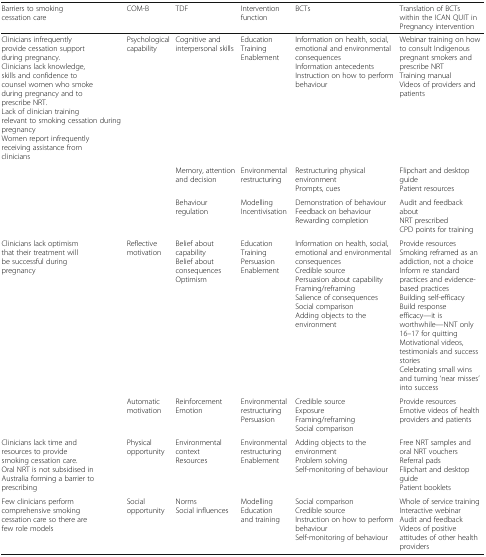
<table><thead><tr><td><b>Barriers to smoking cessation care</b></td><td><b>COM-B</b></td><td><b>TDF</b></td><td><b>Intervention function</b></td><td><b>BCTs</b></td><td><b>Translation of BCTs within the ICAN QUIT in Pregnancy intervention</b></td></tr></thead><tbody><tr><td>Clinicians infrequently provide cessation support during pregnancy.Clinicians lack knowledge, skills and confidence to counsel women who smoke during pregnancy and to prescribe NRT.Lack of clinician training relevant to smoking cessation during pregnancyWomen report infrequently receiving assistance from clinicians</td><td>Psychological capability</td><td>Cognitive and interpersonal skills</td><td>EducationTrainingEnablement</td><td>Information on health, social, emotional and environmental consequencesInformation antecedentsInstruction on how to perform behaviour</td><td>Webinar training on how to consult Indigenous pregnant smokers and prescribe NRTTraining manualVideos of providers and patients</td></tr><tr><td></td><td></td><td>Memory, attention and decision</td><td>Environmental restructuring</td><td>Restructuring physical environmentPrompts, cues</td><td>Flipchart and desktop guidePatient resources</td></tr><tr><td></td><td></td><td>Behaviour regulation</td><td>ModellingIncentivisation</td><td>Demonstration of behaviourFeedback on behaviourRewarding completion</td><td>Audit and feedback about NRT prescribedCPD points for training</td></tr><tr><td>Clinicians lack optimism that their treatment will be successful during pregnancy</td><td>Reflective motivation</td><td>Belief about capabilityBelief about consequencesOptimism</td><td>EducationTrainingPersuasionEnablement</td><td>Information on health, social, emotional and environmental consequencesCredible sourcePersuasion about capabilityFraming/reframingSalience of consequencesSocial comparisonAdding objects to the environment</td><td>Provide resourcesSmoking reframed as an addiction, not a choiceInform re standard practices and evidence-based practicesBuilding self-efficacyBuild response efficacy—it is worthwhile—NNT only 16–17 for quittingMotivational videos, testimonials and success storiesCelebrating small wins and turning ‘near misses’ into success</td></tr><tr><td></td><td>Automatic motivation</td><td>ReinforcementEmotion</td><td>Environmental restructuringPersuasion</td><td>Credible sourceExposureFraming/reframingSocial comparison</td><td>Provide resourcesEmotive videos of health providers and patients</td></tr><tr><td>Clinicians lack time and resources to provide smoking cessation care.Oral NRT is not subsidised in Australia forming a barrier to prescribing</td><td>Physical opportunity</td><td>Environmental contextResources</td><td>Environmental restructuringEnablement</td><td>Adding objects to the environmentProblem solvingSelf-monitoring of behaviour</td><td>Free NRT samples and oral NRT vouchersReferral padsFlipchart and desktop guidePatient booklets</td></tr><tr><td>Few clinicians perform comprehensive smoking cessation care so there are few role models</td><td>Social opportunity</td><td>NormsSocial influences</td><td>ModellingEducation and training</td><td>Social comparisonCredible sourceInstruction on how to perform behaviourSelf-monitoring of behaviour</td><td>Whole of service trainingInteractive webinarAudit and feedbackVideos of positive attitudes of other health providers</td></tr></tbody></table>